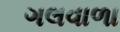
ગલવાળા